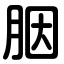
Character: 胭